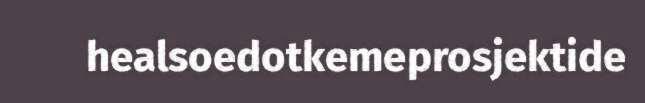
healsoedotkemeprosjektide